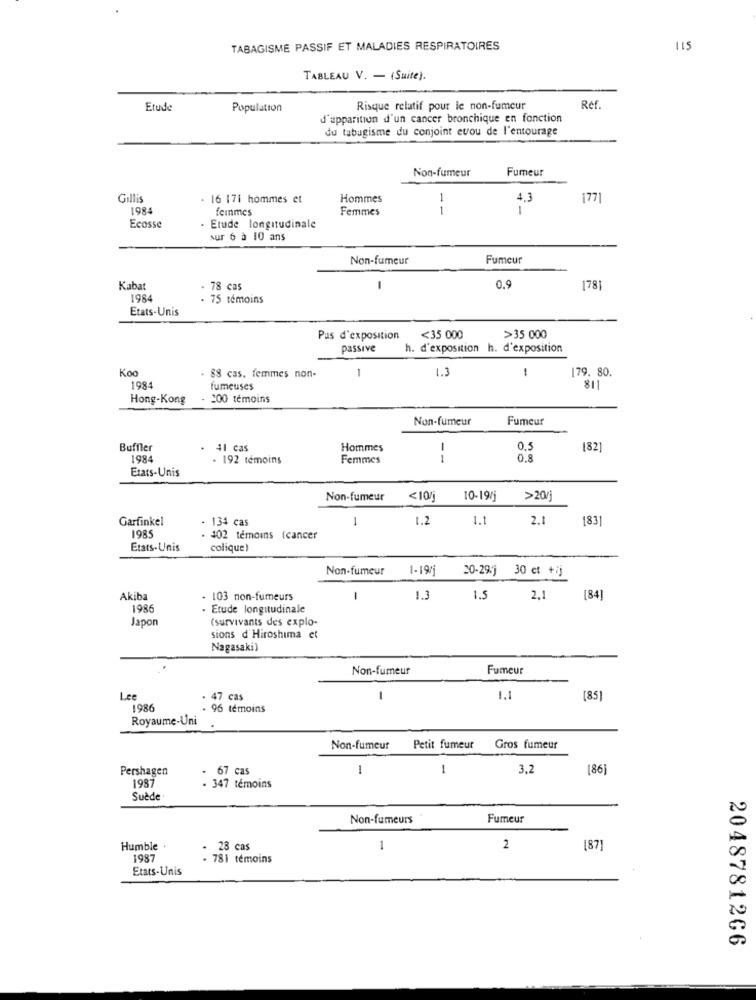
TABAGISME PASSIF ET MALADIES RESPIRATOIRES
115
TABLEAU V. - (Suite).
Etude
Population
Risque relatif pour le non-fumeur
Ref.
d'apparition d'un cancer bronchique en fonction
du tabagisme du conjoint evou de l'entourage
Non-fumeur
Fumeur
Gillis
- 16 171 hommes et
Hommes
1
4.3
1771
198
femmes
Femmes
1
1
Ecosse
Etude longitudinale
sur 6 à 10 ans
Non-fumeur
Fumeur
Kabat
78 cas
-
0.9
1781
1984
- 75 témoins
Etats-Unis
Pas d'exposition
<35 000
>35 000
passive
h. d'exposition h. d'exposition
Koo
1
1.3
1
179. 80.
. 88 cas. femmes non-
1984
fumeuses
811
Hong-Kong
200 témoins
Non-fumeur
Fumeur
Buffler
41 cas
Hommes
-
0.5
[82]
198
. 192 témoins
Femmes
1
0.8
Etats-Unis
Non-fumeur
<10/1
10-19/j
>20/j
Garfinkel
134 cas
1
1.2
1.1
2.1
1831
198
402 témoins (cancer
Etats-Unis
colique)
Non-fumeur
1-19/1
20-29:j 30 ct +/j
Akiba
103 non-fumeurs
-
1.3
1.5
2,1
[84]
1986
Etude longitudinale
Japon
(survivants des explo-
sions d'Hiroshima et
Nagasaki)
Non-fumeur
Fumeur
Lee
47 cas
-
1.1
(85]
1986
96 témoins
Royaume-Uni
Non-fumeur
Petit fumeur
Gros fumeur
Pershagen
67 cas
1
1
3,2
(86]
1987
. 347 témoins
Suède
Non-fumeurs
Fumeur
Humble
- 28 cas
1
2
[87]
1987
. 781 témoins
Etats-Unis
2048781266